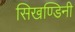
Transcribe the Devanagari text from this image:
सिखण्डिनी